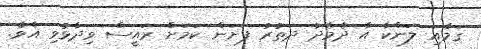
ގަމާއި ލަންކާ އާ ދެމެދު ދަތުރު ފަށަން ކަމަށް ރައީސް ވިދާޅުވި އެވެ.